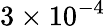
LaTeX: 3\times 10^{-4}